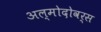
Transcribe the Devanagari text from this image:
अल्मोदोवर्स